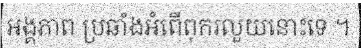
អង្គភាព ប្រឆាំងអំពើពុករលួយនោះទេ ។